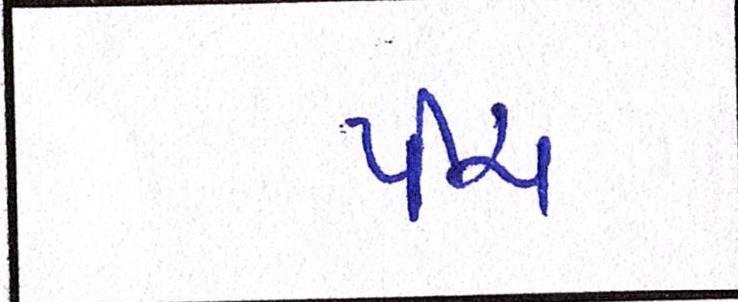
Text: પીચ